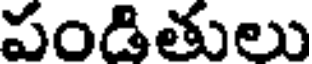
పండితులు